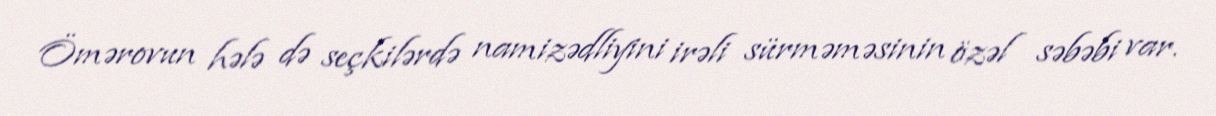
Ömərovun hələ də seçkilərdə namizədliyini irəli sürməməsinin özəl səbəbi var.